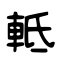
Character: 軧